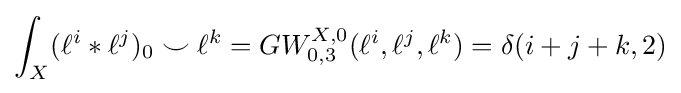
\int _{X}(\ell ^{i}*\ell ^{j})_{0}\smile \ell ^{k}=GW_{0,3}^{X,0}(\ell ^{i},\ell ^{j},\ell ^{k})=\delta (i+j+k,2)